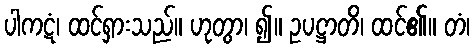
ပါကဋံ၊ ထင်ရှားသည်။ ဟုတွာ၊ ၍။ ဥပဋ္ဌာတိ၊ ထင်၏။ တံ၊